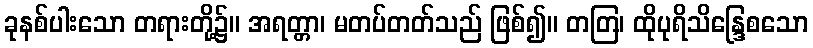
ခုနစ်ပါးသော တရားတို့၌။ အရတ္တာ၊ မတပ်တတ်သည် ဖြစ်၍။ တတြ၊ ထိုပုရိသိန္ဒြေစသော